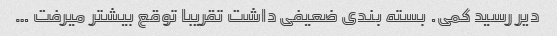
دیر رسید کمی. بسته بندی ضعیفی داشت تقریبا توقع بیشتر میرفت …